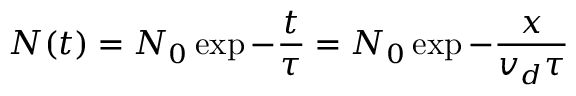
N ( t ) = N _ { 0 } \exp { - \frac { t } { \tau } } = N _ { 0 } \exp { - \frac { x } { v _ { d } \tau } }